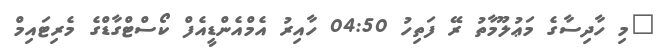
"މި ހާދިސާގެ މަޢުލޫމާތު ރޭ ފަތިހު 04:50 ހާއިރު އެމްއެންޑީއެފް ކޯސްޓްގާޑްގެ މެރިޓައިމް